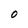
Character: O